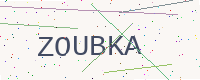
Text: ZOUBKA